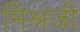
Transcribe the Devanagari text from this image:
मिश्रजी